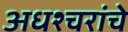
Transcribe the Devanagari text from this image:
अधश्चरांचे